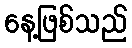
နေ့ဖြစ်သည်